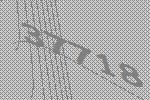
37718